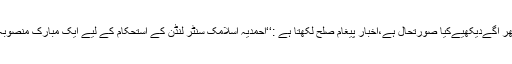
پھر آگےدیکھیےکیا صورتحال ہے،اخبار پیغام صلح لکھتا ہے :‘‘احمدیہ اسلامک سنٹر لنڈن کے استحکام کے لیے ایک مبارک منصوبہ۔